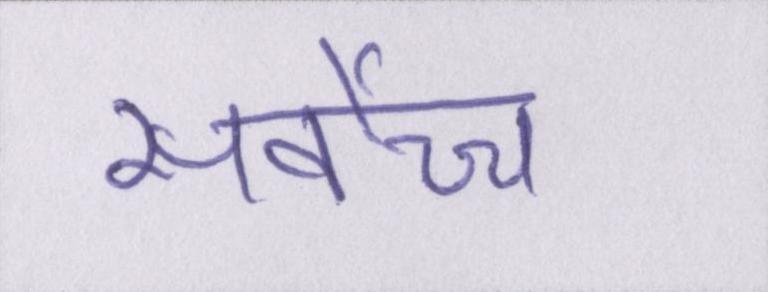
सर्वोच्च